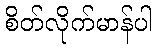
စိတ်လိုက်မာန်ပါ